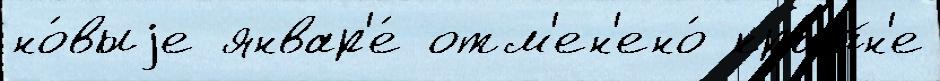
но́выjе январ'е́ отм'ен'ено́ кра́йн'е